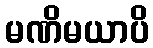
မဏိမယာပိ